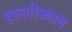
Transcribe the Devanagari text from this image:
हल्लीच्याच